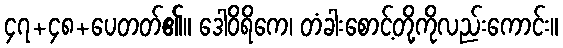
၄၇+၄၈+ပေတတ်၏။ ဒေါဝိရိကေ၊ တံခါးစောင့်တို့ကိုလည်းကောင်း။